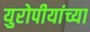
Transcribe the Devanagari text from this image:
युरोपीयांच्या